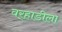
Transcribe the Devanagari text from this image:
वर्‍हाडीला